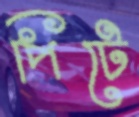
পিটে